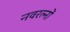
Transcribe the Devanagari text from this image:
नवरत्‍नों